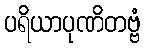
ပရိယာပုဏိတဗ္ဗံ